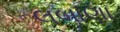
લબાણા